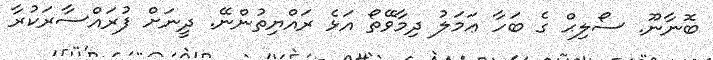
ބޮނާނޫ. ސޯލިޙް ގެ ބަހާ ޢަމަލު ދިމާވޭތޯ އަޅެ ރައްޔިތުންނޭ. ދީނަށް ފުރައްސާރަކުރާ